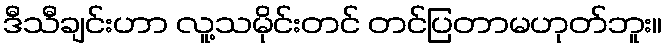
ဒီသီချင်းဟာ လူ့သမိုင်းတင် တင်ပြတာမဟုတ်ဘူး။